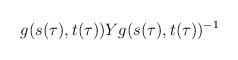
LaTeX: \begin{align*}g(s(\tau),t(\tau))Yg(s(\tau),t(\tau))^{-1}\end{align*}